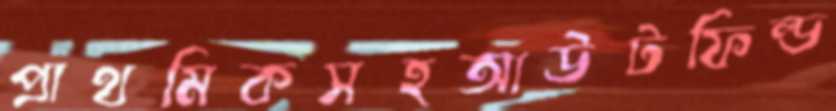
প্রাথমিকসহআউটফিল্ড